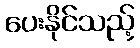
ပေးနိုင်သည့်